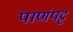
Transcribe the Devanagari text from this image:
पाणंपट्ट